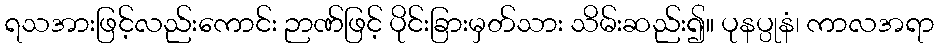
ရသအားဖြင့်လည်းကောင်း ဉာဏ်ဖြင့် ပိုင်းခြားမှတ်သား သိမ်းဆည်း၍။ ပုနပ္ပုနံ၊ ကာလအရာ